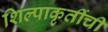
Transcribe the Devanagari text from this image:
शिल्पाकृतींची